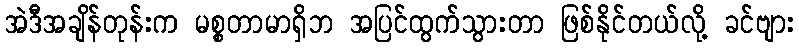
အဲဒီအချိန်တုန်းက မစ္စတာမာရှိဘ အပြင်ထွက်သွားတာ ဖြစ်နိုင်တယ်လို့ ခင်ဗျား